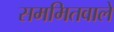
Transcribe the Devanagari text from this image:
सममितवाले